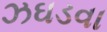
ઝઘડવા